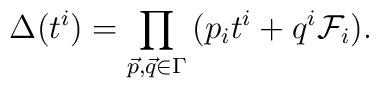
\Delta(t^i) = \prod_{\vec{p}, \vec{q} \in \Gamma} \, (p_i t^i + q^i  \mathcal{F}_i).